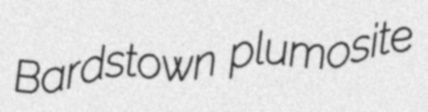
Bardstown plumosite